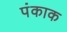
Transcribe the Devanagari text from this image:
पंकाक